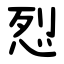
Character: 㤠